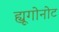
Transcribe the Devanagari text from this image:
ह्यूगोनोट